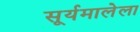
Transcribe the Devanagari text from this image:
सूर्यमालेला